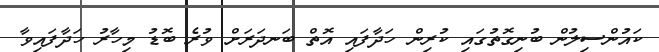
ކައުންސިލުން ބުނިގޮތުގައި ކުރިން ހަދާފައި އޮތް ބަނދަރަށް ވުރެ ބޮޑު މިހާރު ހަދާފައިވާ